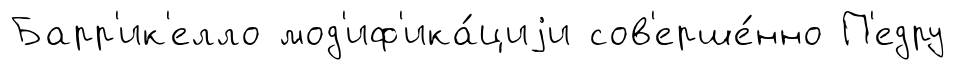
Барр'ик'елло мод'иф'ика́циjи сов'ерше́нно П'едру